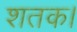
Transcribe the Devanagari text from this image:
शतक।